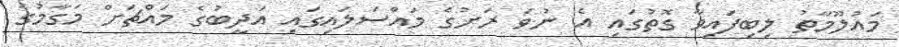
މައުލޫމާތު ލިބިފައިވާ ގޮތުގައި އެ ނުވަ ރަށުގެ މައްސަލައިގައި އަދީބުގެ މައްޗަށް މަގާމުގެ